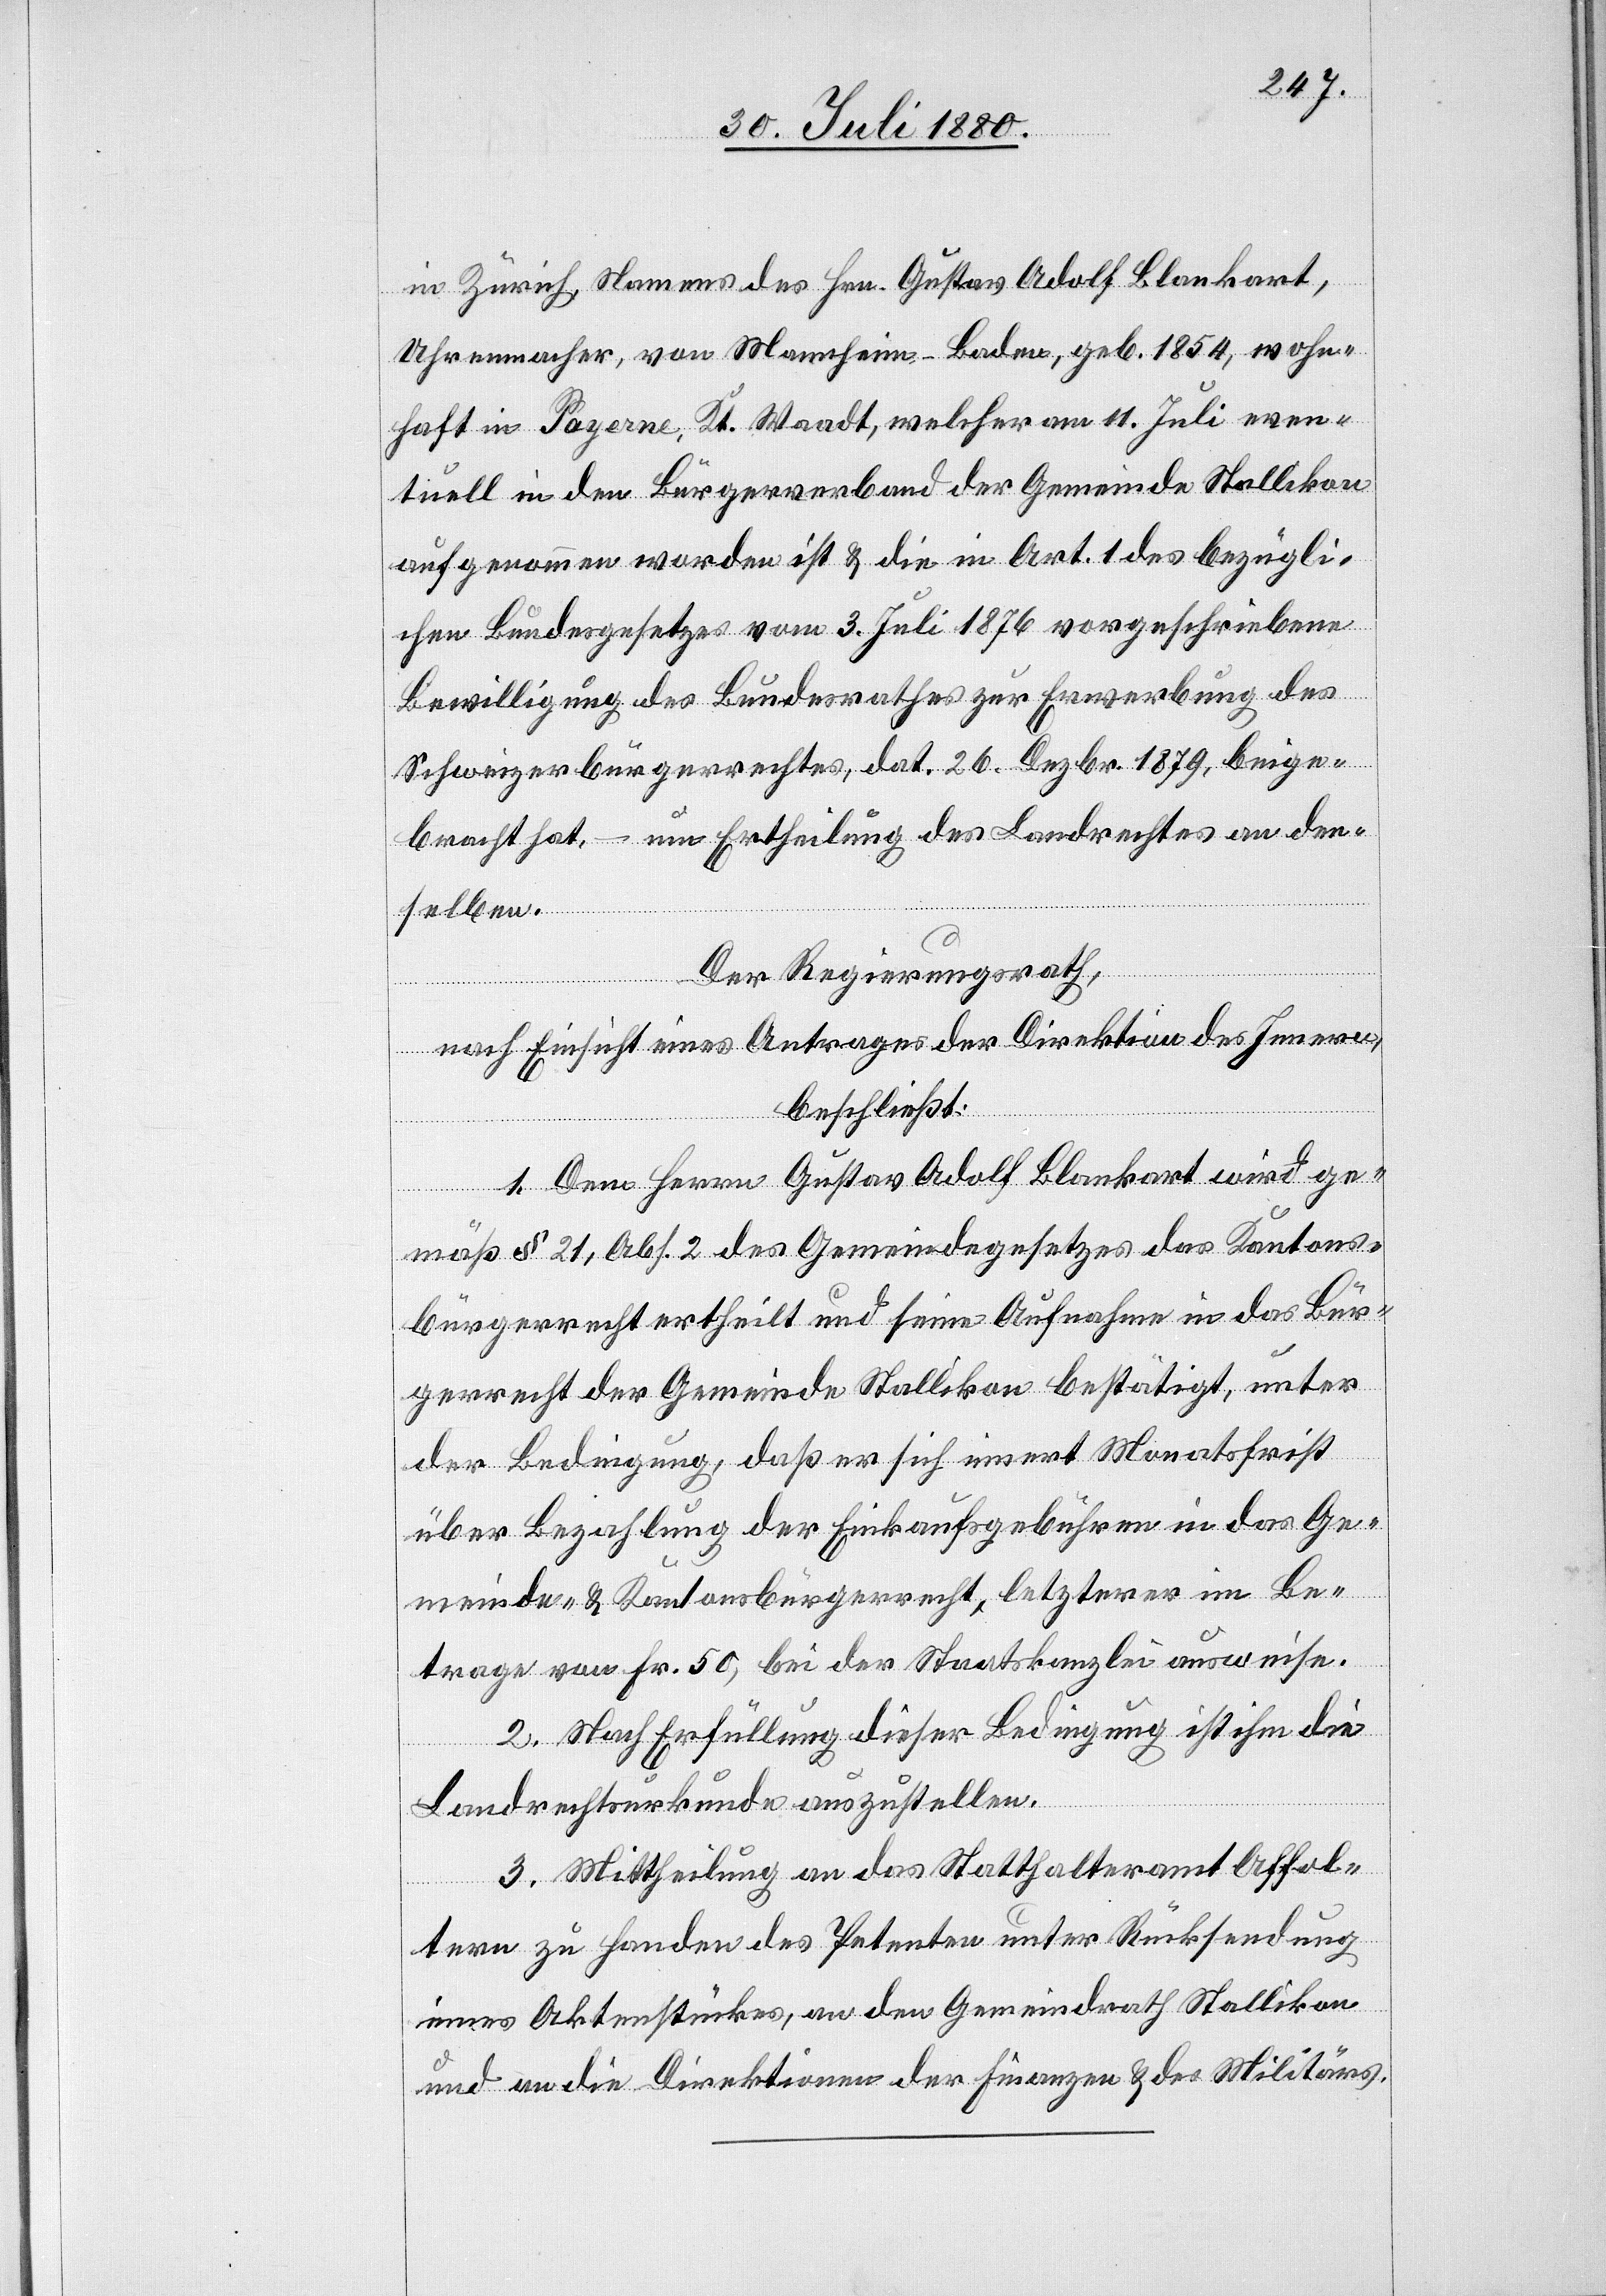
in Zürich, Namens des Hrn. Gustav Adolf Blankart,
Uhrenmacher, von Mannheim - Baden, geb. 1854, wohn¬
haft in Payerne, Kt. Waadt, welcher am 1. Juli even¬
tuell in den Bürgerverband der Gemeinde Stallikon
aufgenommen worden ist & die in Art. 1 des bezügli¬
chen Bundesgesetzes vom 3. Juli 1876 vorgeschriebene
Bewilligung des Bundesrathes zur Erwerbung des
Schweizerbürgerrechtes, dat. 26 Dezbr. 1879, beige¬
bracht hat – um Ertheilung des Landrechtes an den¬
selben.
Der Regierungsrath,
nach Einsicht eines Antrages der Direktion des Innern,
Ge¬
beschließt:
1. Dem Herrn Gustav Adolf Blankart wird ge¬
mäß § 21, Abs. 2 des Gemeindegesetzes das Kantons¬
bürgerrecht ertheilt und seine Aufnahme in das Bür¬
gerrecht der Gemeinde Stallikon bestätigt, unter
meinde- & Kantonsbürgerrecht, letzterer im Be¬
trage von Fr. 50, bei der Staatskanzlei ausweise.
2. Nach Erfüllung dieser Bedingung ist ihm die
Landrechtsurkunde auszustellen.
3. Mittheilung an das Statthalteramt Affol¬
tern zu Handen des Petenten unter Rücksendung
eines Aktenstückes, an den Gemeindrath Stallikon
und an die Direktionen der Finanzen & des Militärs.